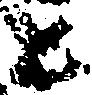
と